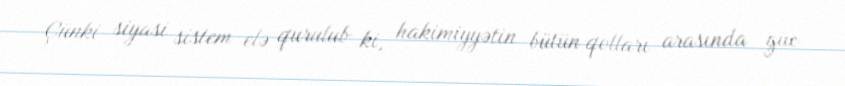
Çünki siyasi sistem elə qurulub ki, hakimiyyətin bütün qolları arasında güc